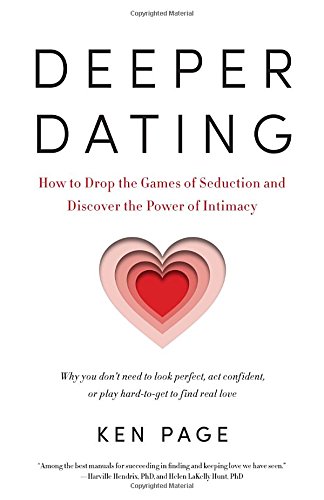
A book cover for Deeper Dating: How to Drop the Games of Seduction and Discover the Power of Intimacy; Ken Page; Self-Help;